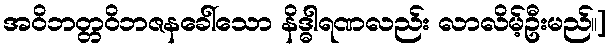
အဝိဘတ္တဝိဘဇနခေါ်သော နိဒ္ဓါရဏလည်း လာလိမ့်ဦးမည်။]